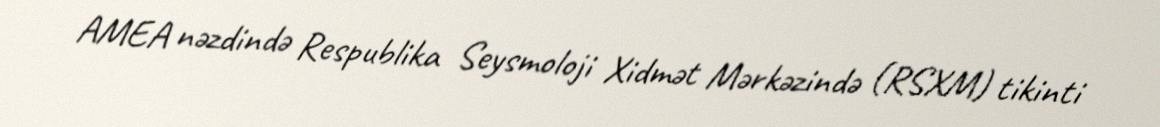
AMEA nəzdində Respublika Seysmoloji Xidmət Mərkəzində (RSXM) tikinti